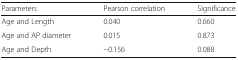
<table><thead><tr><td><b>Parameters</b></td><td><b>Pearson correlation</b></td><td><b>Significance</b></td></tr></thead><tbody><tr><td>Age and Length</td><td>0.040</td><td>0.660</td></tr><tr><td>Age and AP diameter</td><td>0.015</td><td>0.873</td></tr><tr><td>Age and Depth</td><td>−0.156</td><td>0.088</td></tr></tbody></table>